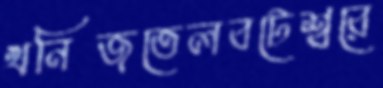
খনিজতেলবটেশ্বরে